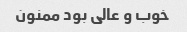
خوب و عالی بود ممنون